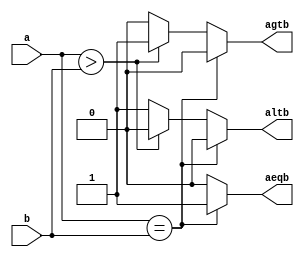
module comp(a,b,aeqb,agtb,altb);
input [3:0] a,b;
output aeqb,agtb,altb;
reg aeqb,agtb,altb;

always @(a or b)
begin
aeqb=0; agtb=0; altb=0;
if(a==b)
aeqb=1;
else if (a>b)

agtb=1;
else
altb=1;
end
endmodule

module testbench;
reg [3:0]a,b;
wire f1, f2, f3;

comp c(a,b,f1,f2,f3);

initial
begin

$monitor(,$time,"a=%4b b=%4b f1=%b f2=%b f3=%b",a,b,f1,f2,f3);

#0 a = 4'b0000;
#0 b = 4'b0001;

repeat(8)

#5 a = a+4'b0101;
#5 b = b+4'b1000;
end

initial
begin
$dumpfile("4bitmagnitude.vcd");
$dumpvars();
end

endmodule